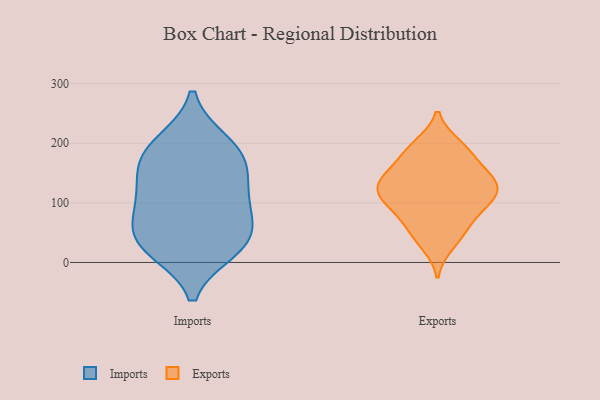
{"axis": {"x": "Churn Rate (%)", "y": "Value"}, "legend": ["Exports", "Imports"], "data": [{"x": "", "y": 46, "type": "Imports"}, {"x": "", "y": 160, "type": "Imports"}, {"x": "", "y": 29, "type": "Imports"}, {"x": "", "y": 200, "type": "Imports"}, {"x": "", "y": 110, "type": "Imports"}, {"x": "", "y": 113, "type": "Imports"}, {"x": "", "y": 167, "type": "Imports"}, {"x": "", "y": 23, "type": "Imports"}, {"x": "", "y": 41, "type": "Imports"}, {"x": "", "y": 190, "type": "Imports"}, {"x": "", "y": 85, "type": "Imports"}, {"x": "", "y": 131, "type": "Exports"}, {"x": "", "y": 122, "type": "Exports"}, {"x": "", "y": 31, "type": "Exports"}, {"x": "", "y": 137, "type": "Exports"}, {"x": "", "y": 104, "type": "Exports"}, {"x": "", "y": 123, "type": "Exports"}, {"x": "", "y": 126, "type": "Exports"}, {"x": "", "y": 196, "type": "Exports"}, {"x": "", "y": 51, "type": "Exports"}, {"x": "", "y": 165, "type": "Exports"}, {"x": "", "y": 91, "type": "Exports"}, {"x": "", "y": 92, "type": "Exports"}, {"x": "", "y": 191, "type": "Exports"}, {"x": "", "y": 51, "type": "Exports"}, {"x": "", "y": 188, "type": "Exports"}, {"x": "", "y": 84, "type": "Exports"}, {"x": "", "y": 133, "type": "Exports"}, {"x": "", "y": 155, "type": "Exports"}]}